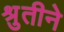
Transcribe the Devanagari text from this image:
श्रुतीने